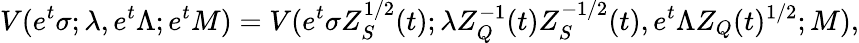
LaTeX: V(e^{t}\sigma;\lambda,e^{t}\Lambda;e^{t}M)=V(e^{t}\sigma Z_{S}^{1/2}(t);\lambda Z_{Q}^{-1}(t)Z_{S}^{-1/2}(t),e^{t}\Lambda Z_{Q}(t)^{1/2};M),